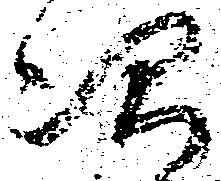
次